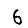
Digit: 6